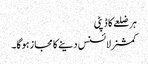
ہر ضلعے کا ڈپٹی
کمشنرلائسنس دینے کا مجاز ہوگا۔